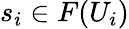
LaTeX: s_{i}\in F(U_{i})